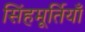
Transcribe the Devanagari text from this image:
सिंहमूर्तियाँ